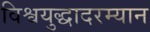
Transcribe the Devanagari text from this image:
विश्वयुद्धादरम्यान